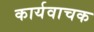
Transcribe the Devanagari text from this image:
कार्यवाचक